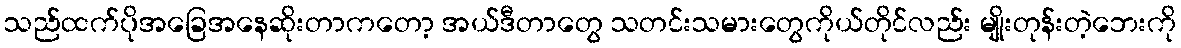
သည်ထက်ပိုအခြေအနေဆိုးတာကတော့ အယ်ဒီတာတွေ သတင်းသမားတွေကိုယ်တိုင်လည်း မျိုးတုန်းတဲ့ဘေးကို